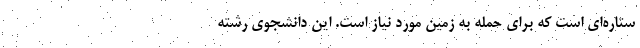
ستاره‌ای است که برای حمله به زمین مورد نیاز است. این دانشجوی رشته